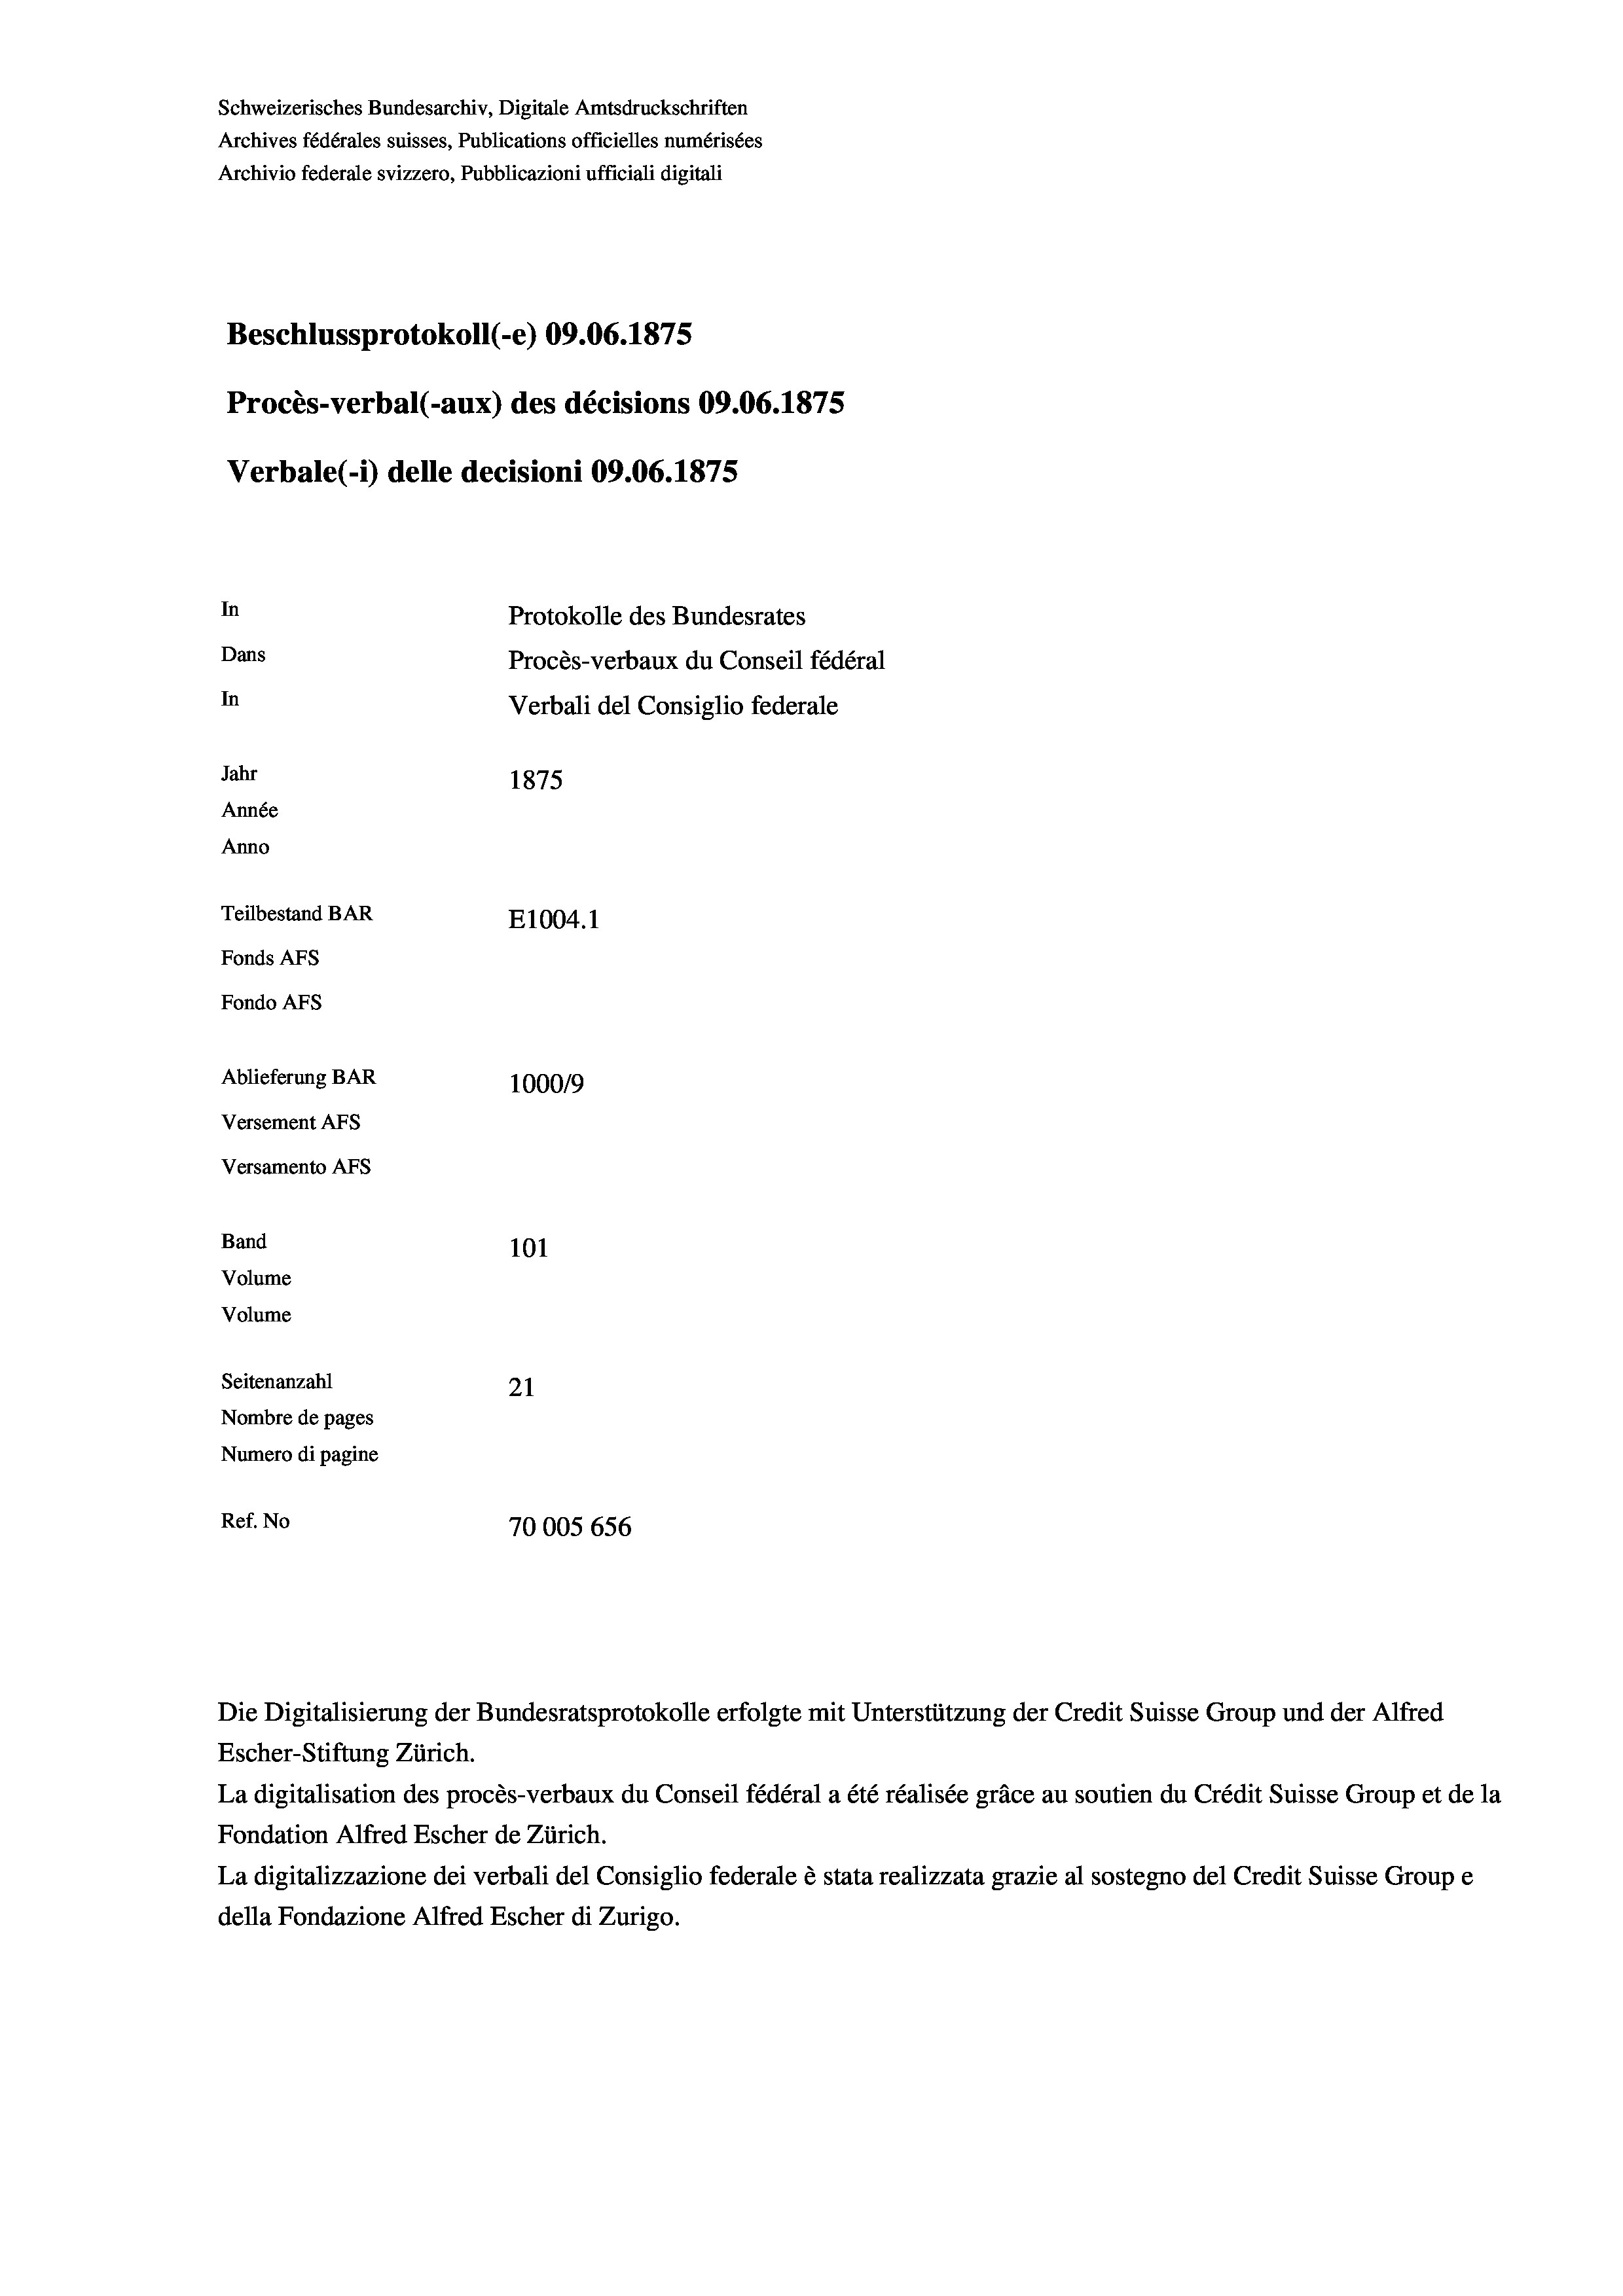
Schweizerisches Bundesarchiv, Digitale Amtsdruckschriften
Archives fédérales suisses, Publications officielles numérisées
Archivio federale svizzero, Pubblicazioni ufficiali digitali
Beschlussprotokoll (-e) 09.06. 1875
Procès-verbal (-aux) des décisions 09.06. 1875
Verbale (i) delle decisioni 09.06. 1875
In
Protokolle des Bundesrates
Dans
Procès-verbaux du Conseil fédéral
In
Verbali del Consiglio federale
Jahr
1875
Année
Anno
Teilbestand BAR
E1004. 1
Fonds AFs
Fondo AFs
Ablieferung BAR
1000/9
Versement Abs
Versamento Afs
Band
101
Volume

Volume
Seitenanzahl
21
Nombre de pages
Numero di pagine
Ref. No
70005 656

Die Digitalisierung der Bundesratsprotokolle erfolgte mit Unterstützung der Credit Suisse Group und der Alfred
Escher-Stiftung Zürich.
La digitalisation des procès-verbaux du Conseil fédéral a été réalisée gräce au soutien du Crédit Suisse Group et de la
Fondation Alfred Escher de Zürich.
La digitalizzazione dei verbali del Consiglio federale è stata realizzata grazie al sostegno del Credit Suisse Groupe
della Fondazione Alfred Escher di Zurigo.